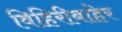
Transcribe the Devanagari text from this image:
विहिरीबाहेर